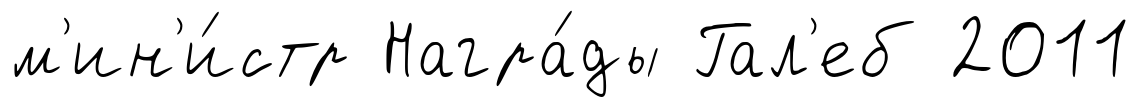
м'ин'и́стр Награ́ды Гал'еб 2011